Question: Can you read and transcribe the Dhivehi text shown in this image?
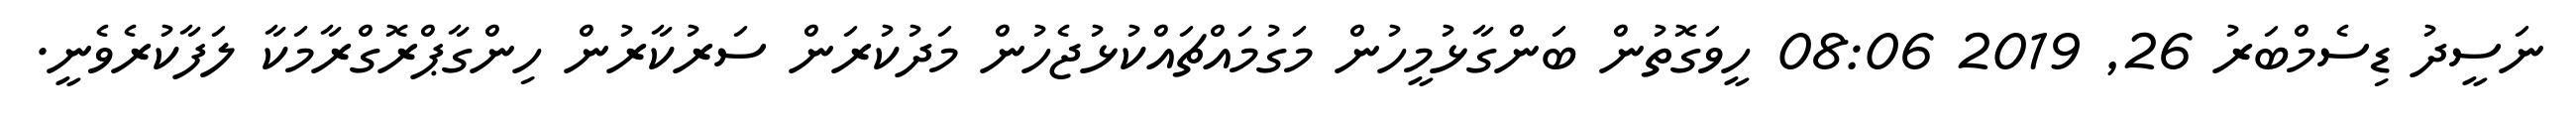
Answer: ނަސީދު ޑިސެމްބަރު 26, 2019 08:06 ހީވަގޮތުން ބަންގާޅުމީހުން މަގުމައްޗައްކުޅުޖެހުން މަދުކުރަން ސަރުކާރުން ހިންގާޕްރޮގްރާމަކާ ލަފާކުރެވެނީ.